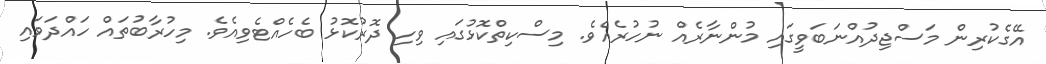
އޭގެކުރިން މަސްޖިދުއްނަބަވީގައި މުންނާރެއް ނުހުރެއެވެ. މިސްކިތްކޮޅުގައި ވިހި ދޮރުކޮޅު ބެހެއްޓެވިއެވެ. މިހުރާބުތައް ހައްދަވައި